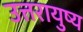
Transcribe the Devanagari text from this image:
उत्तरायुष्य